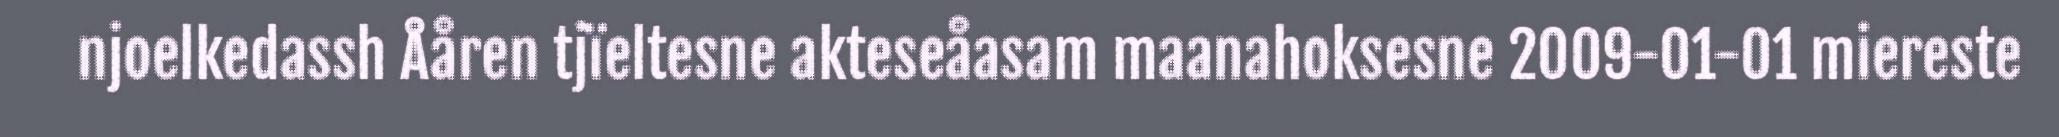
njoelkedassh Ååren tjïeltesne akteseåasam maanahoksesne 2009-01-01 miereste